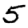
Digit: 5